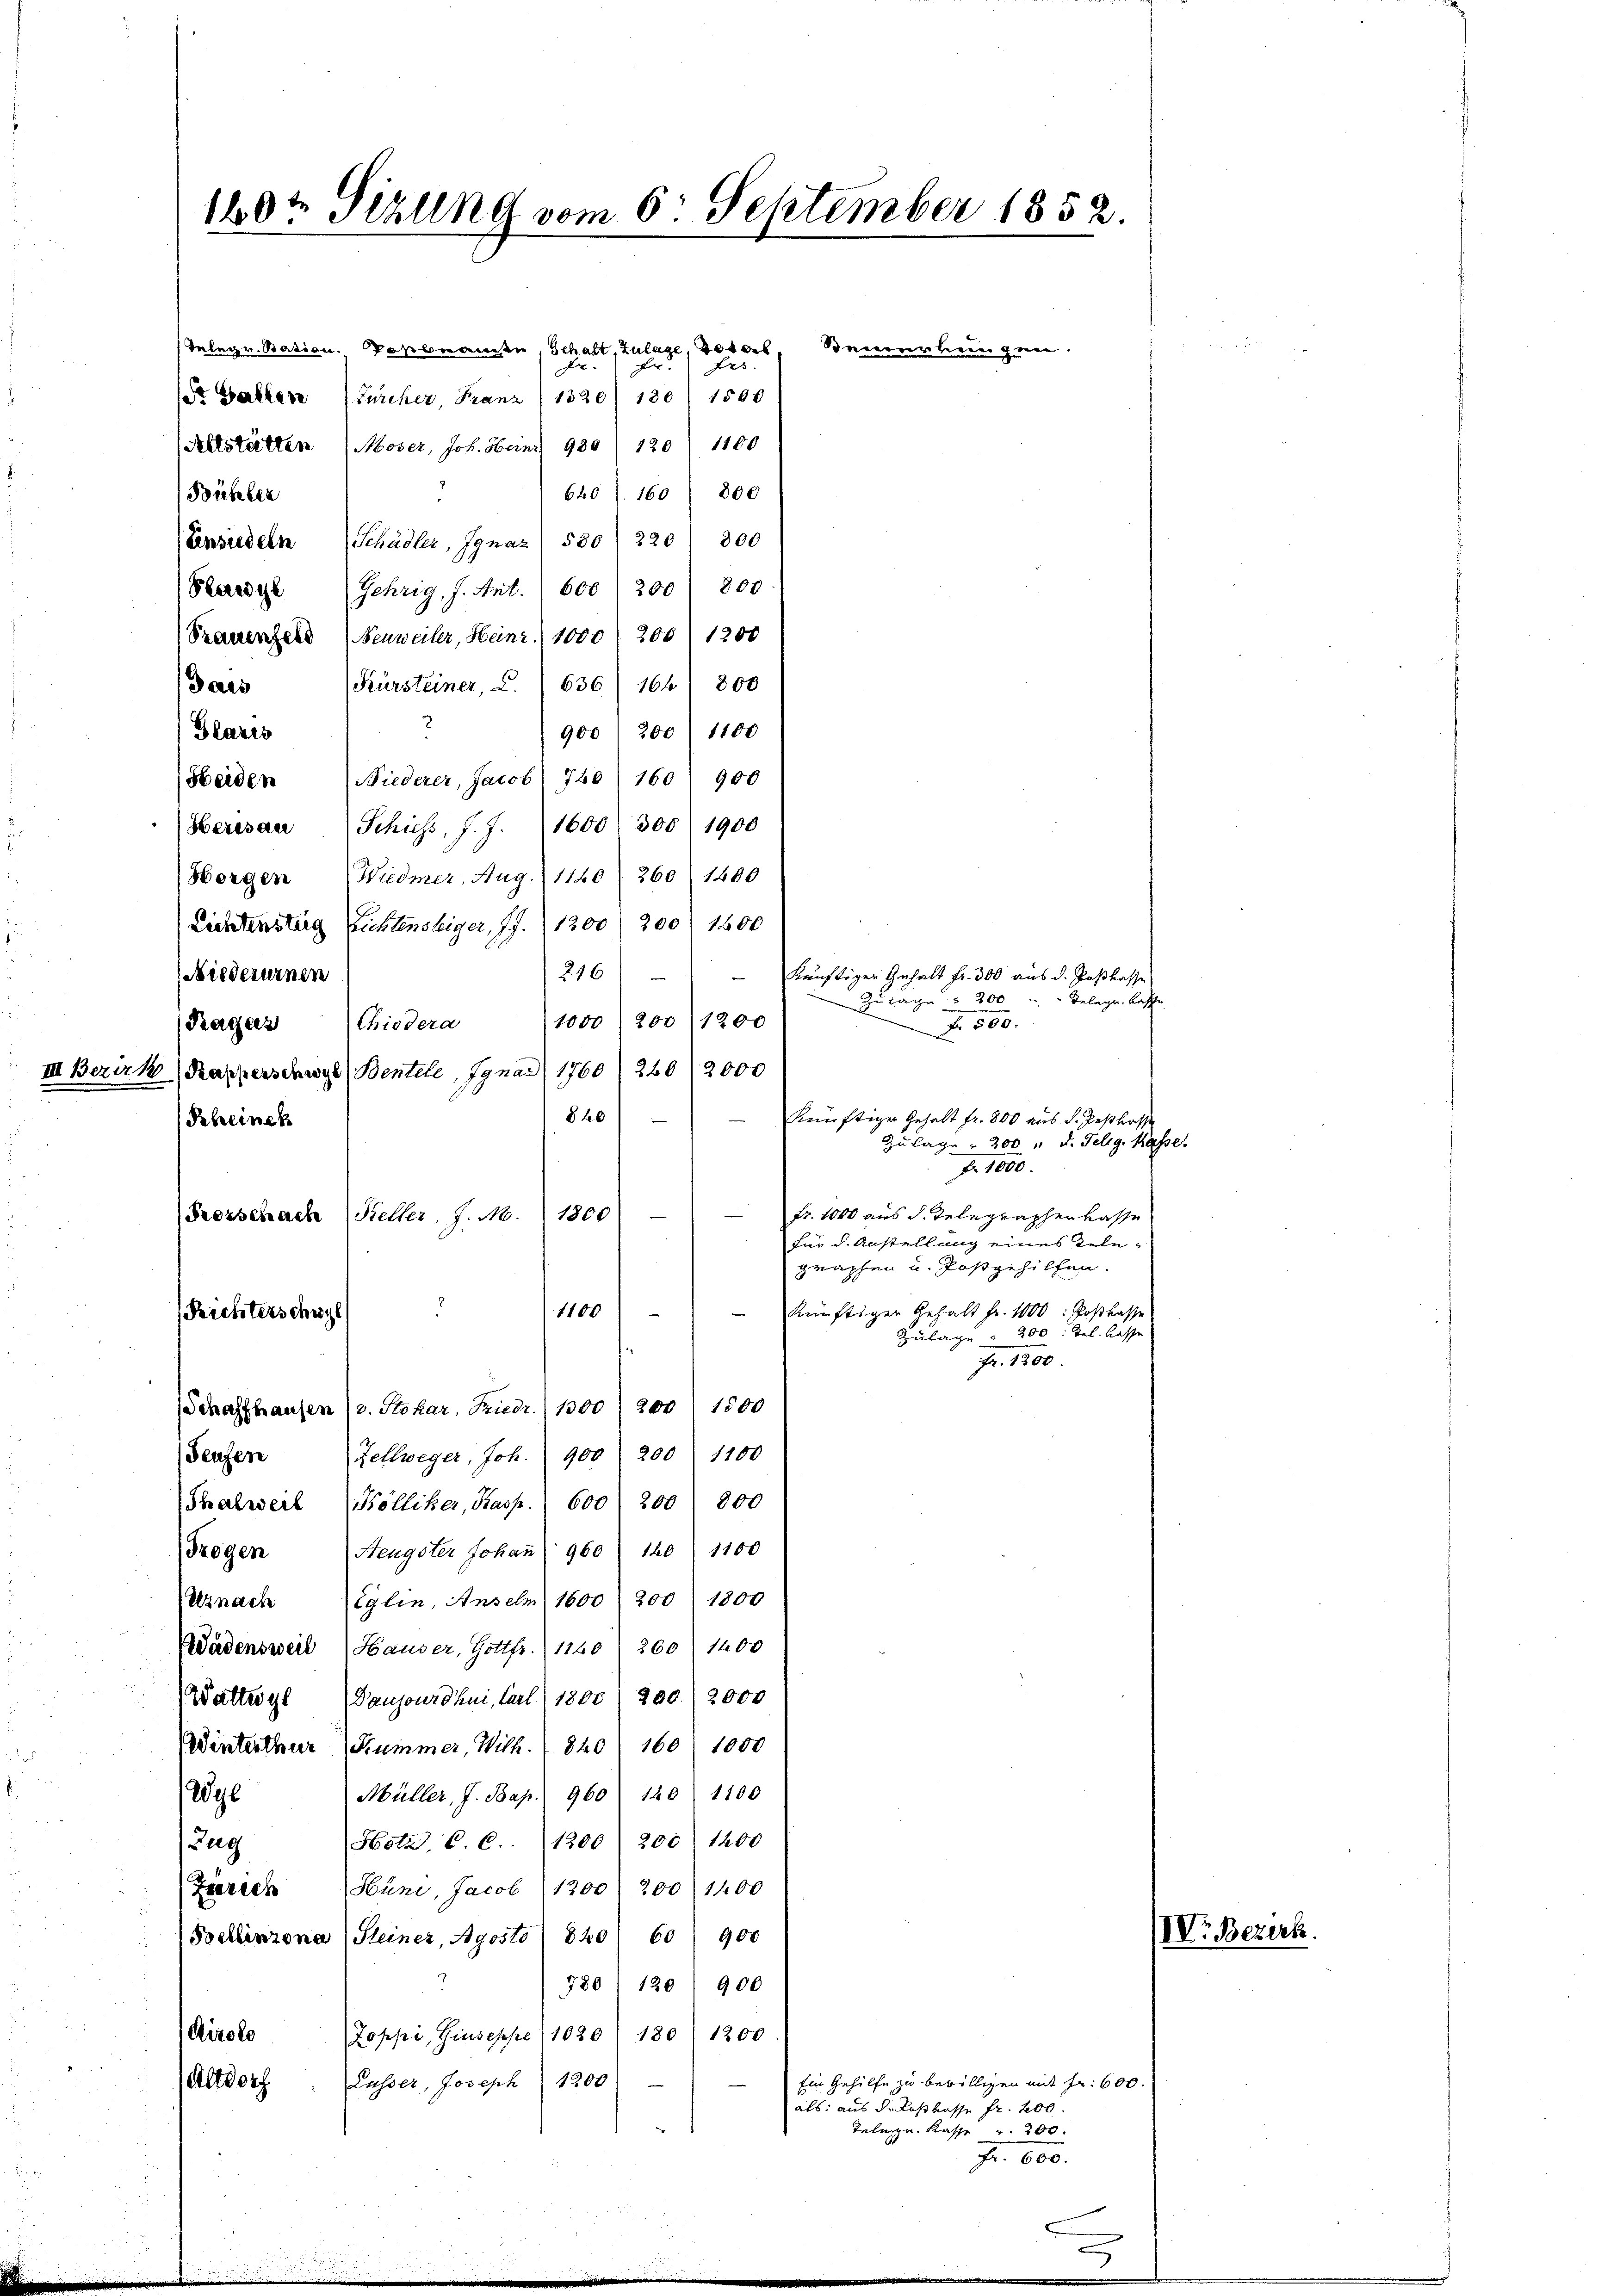
(Altstätten (Moser, Joh. Heinr 980 (120 " 1100
640 (160 (800
Bübler
d
Einsiedeln Schädler, Ignaz 530 / 220) 800
Gehrig, J. Ant. 600 (200 f 800
Plaedyl
Trauenfels (Nenweiler, Heinr. 1000 / 206 (1200
Kürsteiner, C. 636) 164 800
Jais
900 (200) 1100
Glarus
Sbeiden Niederer, Jacob 740 (160) 900
Herisau Schiess, J. J. 1600 300 1900
Horgen Wiedmer, Aug. 1120 (260 (1400
Lichtenstag nichtensteiger, S. 1200 (200/ 1600
216
künftiger Gehalt fr. 300 aus d. Postkasse
Niederurnen
e
Zua 300 " Belege. Kasse
1000 2001200
(Pagers Chiedera
F 500.
III. Bezirk (Karperschwyl (Bentele, Ignaz 1760) 260 2000
840
Scheines
Zulage - 300 " d. Felig. 18
Fr. 1000.
fr. 1000 aus d. Telegraphen lasse
1800
Kerschach Keller, J. M.
für d. Anstellung eines Telegraphen u. Postgehilfen.
1100
künftiger Gehalt fr. 1000. Postkasse
Richterschwyl
Zulage 200 : Tel. Kasse
Fr. 1200.
Schaffhausen (2. Stohar, Friedr. 1300 200 1500
Teufen
Zellweger, Joh. 900 200 1100
Thalwert (Kölliker, Kasp. 600 200 800
Fregen (Neugster Johan̄ 960. 120  1100
Uznach Eglin, Ansehn 1600 200 1800
Wädensweil (Hauser, Gottfr. (1140: 260) 1400
Wattwyl (Vaujourdhui, Carl 1800) 200. 2000
Wdinterthur Kummer, Wilh. (840. 160 (1000
2gl
Müller, J. Bap. 960 120 1100
Hotz, C. C.. 1200) 200 1200
Zug
Hüni, Jacob 1200 200 (1400
Zerech
Soellinzona, Steiner, Agosto (840
60900
7
780) 120 " 900
Airole
Zoppi, Giuseppe (1020/ 180) 1200
Ein Gehilfe zu bewilligen mit Fr. 600
Lusser, Joseph 1200
Altdorf
als: aus der Kostkasse fr. 200.
Telege. Kasse 200.
Fr. 600.

160t Sizung vom 6. September 1852.

Telegr. Station. Postnanden Schaft, Zulage, 1040
d
F
.
(St. Galler (Zürcher, Franz (1320/ 130 1500

Brneuerteien gene.

künftiger Gehalt fr. 800 aus d. Posttrasse

c

100.

IVr. Bezirk